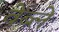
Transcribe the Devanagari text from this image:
वेंब्ले